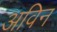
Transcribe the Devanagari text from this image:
अविन